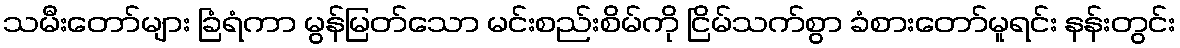
သမီးတော်များ ခြံရံကာ မွန်မြတ်သော မင်းစည်းစိမ်ကို ငြိမ်သက်စွာ ခံစားတော်မူရင်း နန်းတွင်း